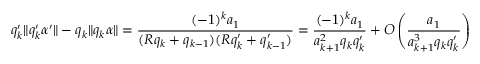
q _ { k } ^ { \prime } \| q _ { k } ^ { \prime } \alpha ^ { \prime } \| - q _ { k } \| q _ { k } \alpha \| = \frac { ( - 1 ) ^ { k } a _ { 1 } } { ( R q _ { k } + q _ { k - 1 } ) ( R q _ { k } ^ { \prime } + q _ { k - 1 } ^ { \prime } ) } = \frac { ( - 1 ) ^ { k } a _ { 1 } } { a _ { k + 1 } ^ { 2 } q _ { k } q _ { k } ^ { \prime } } + O \left( \frac { a _ { 1 } } { a _ { k + 1 } ^ { 3 } q _ { k } q _ { k } ^ { \prime } } \right)